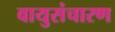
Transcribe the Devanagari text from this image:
वायुसंचारण